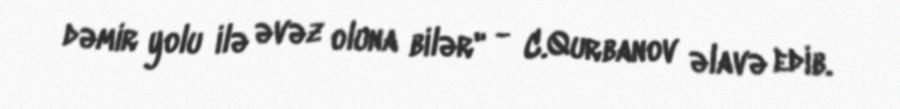
dəmir yolu ilə əvəz oluna bilər" - C.Qurbanov əlavə edib.